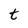
Character: t